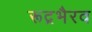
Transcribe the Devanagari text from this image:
रूद्रभैरव